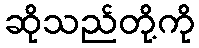
ဆိုသည်တို့ကို